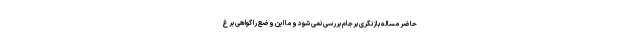
حاضر مساله بازنگری برجام بررسی نمی شود و ما این وضع را گواهی بر غ